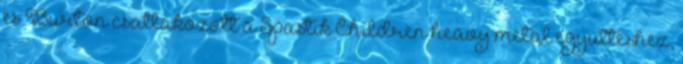
és Burton csatlakozott a Spastik Children heavy metal együtteshez,